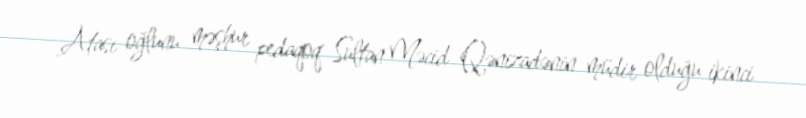
Atası oğlunu məşhur pedaqoq Sultan Məcid Qənizadənin müdir olduğu ikinci